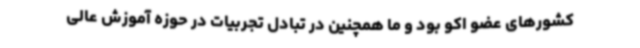
کشورهای عضو اکو بود و ما همچنین در تبادل تجربیات در حوزه آموزش عالی